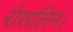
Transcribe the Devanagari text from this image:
रोसलिन।